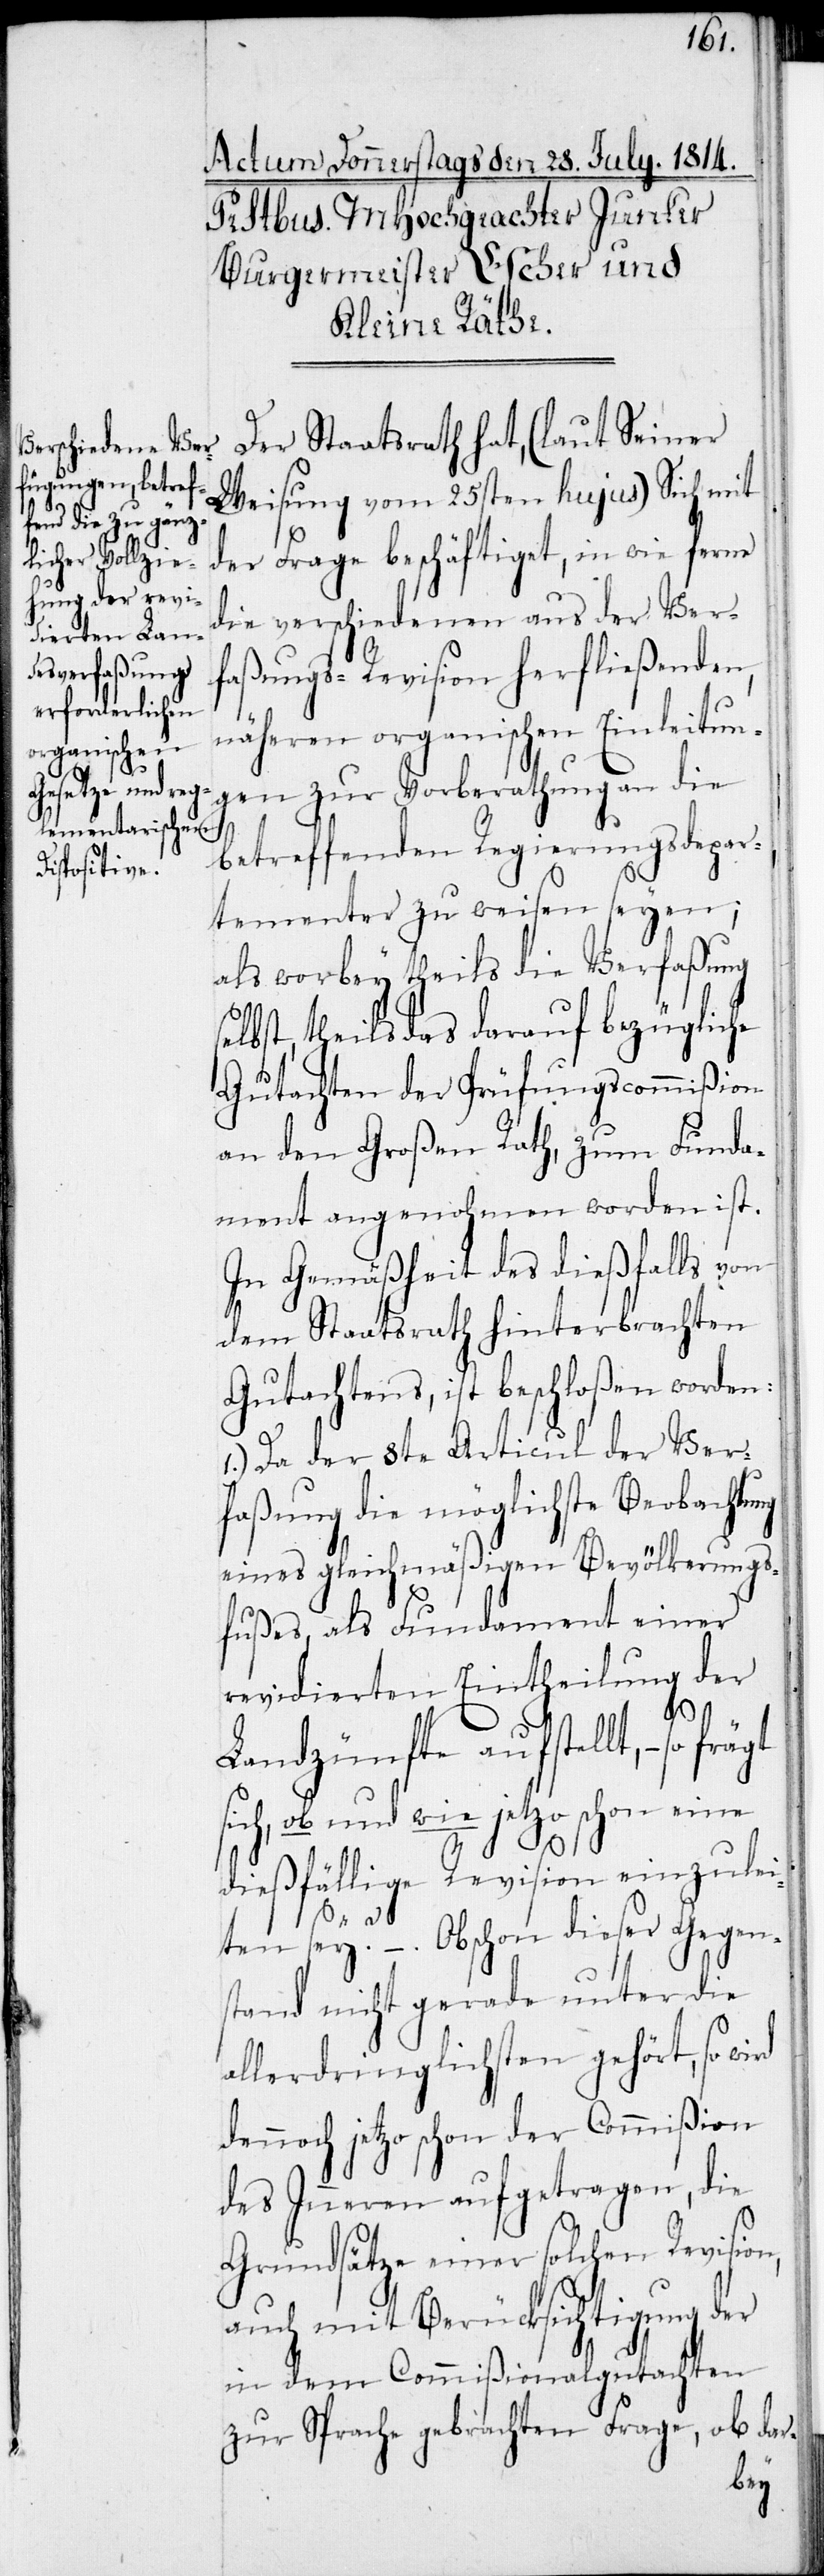
Der Staatsrath hat, (laut Seiner
Weisung vom 25sten hujus) Sich mit
der Frage beschäftiget, in wie ferne
die verschiedenen aus der Ver¬
faßungs-Revision herfließenden
näheren organischen Einleitun¬
gen zur Vorberathung an die
betreffenden Regierungsdepar¬
tementer zu weisen seyen;
als worbey theils die Verfaßung
selbst, theils das darauf bezügliche
Gutachten der Prüfungscommißion
an den Großen Rath, zum Funda¬
ment angenohmen worden ist.
In Gemäßheit des dießfalls von
dem Staatsrath hinterbrachten
Gutachtens, ist beschloßen worden:
1.) Da der 8te Articul der Ver¬
faßung die möglichste Beobachtung
eines gleichmäßigen Bevölkerungs¬
fußes, als Fundament einer
revidierten Eintheilung der
Landzünfte aufstellt, – so
sich, ob und wie jetzo schon eine
dießfällige Revision einzulei¬
n,
ten sey? – Obschon dieser Gegen¬
stand nicht gerade unter die
allerdringlichsten gehört, so
dennoch jetzo schon der Commißion
des Inneren aufgetragen, die
Grundsätze einer solchen Revisio¬
auch mit Berücksichtigung der
in dem Commißionalgutachten
zur Sprache gebrachten Frage, ob dar-